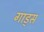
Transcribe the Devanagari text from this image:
गाड्स